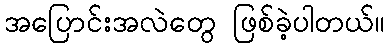
အပြောင်းအလဲတွေ ဖြစ်ခဲ့ပါတယ်။